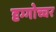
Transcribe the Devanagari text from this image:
दृग्गोच्चर